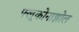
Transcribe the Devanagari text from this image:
फ्लूकोनाझोल